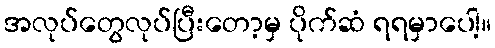
အလုပ်တွေလုပ်ပြီးတော့မှ ပိုက်ဆံ ရရမှာပေါ့။